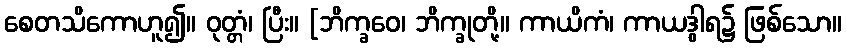
စေတသိကောဟူ၍။ ဝုတ္တံ၊ ပြီး။ [ဘိက္ခဝေ၊ ဘိက္ခုတို့။ ကာယိကံ၊ ကာယဒွါရ၌ ဖြစ်သော။